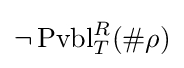
\neg \operatorname {Pvbl} _{T}^{R}(\#\rho )